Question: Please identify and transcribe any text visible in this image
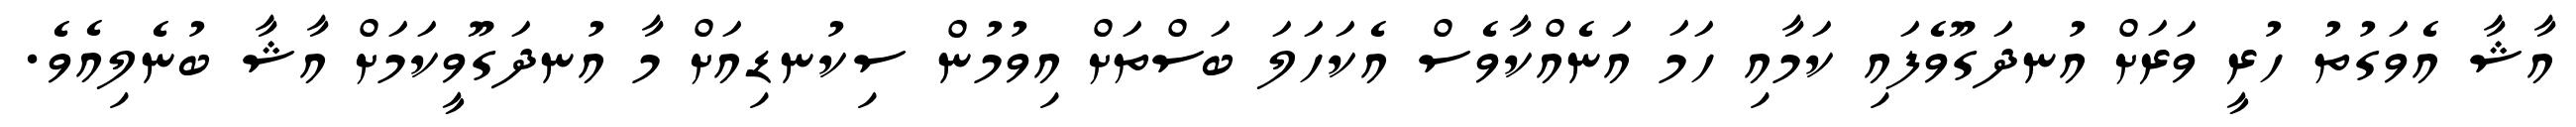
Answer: އާޝާ އެވަގުތު ހުރީ ވަރަށް އުނދަގޫވެފައި ކަމާއި ހަމަ އަނެއްކާވެސް އެކަހަލަ ބަސްތަށް އިވުމުން ސިކުނޑިއަށް މާ އުނދަގޫވީކަމަށް އާޝާ ބުނެލިއެވެ.